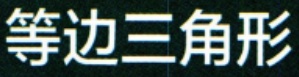
等边三角形